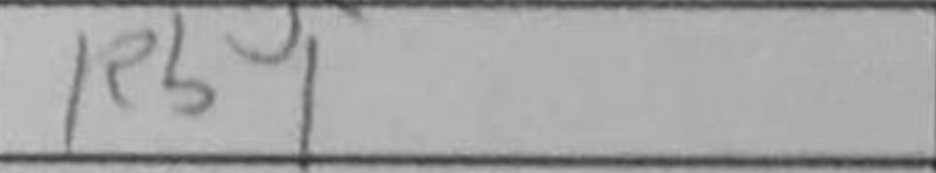
Transcription: Rb1